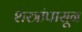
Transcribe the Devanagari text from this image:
शस्त्रांपासून